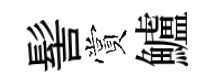
髻賞鱸